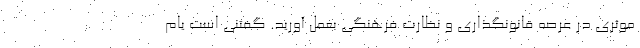
موثری در عرصه قانونگذاری و نظارت فرهنگی بعمل آورید. گفتنی است یام